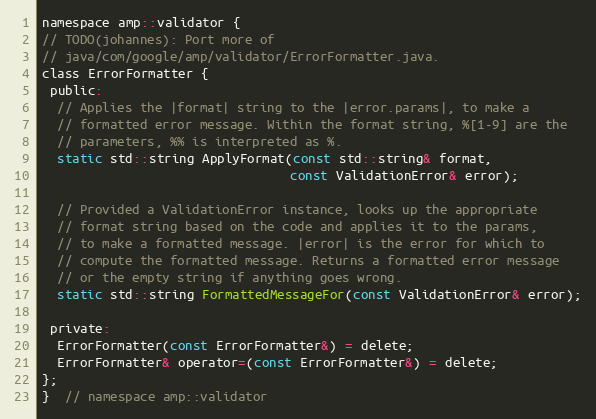
Language: C
namespace amp::validator {
// TODO(johannes): Port more of
// java/com/google/amp/validator/ErrorFormatter.java.
class ErrorFormatter {
 public:
  // Applies the |format| string to the |error.params|, to make a
  // formatted error message. Within the format string, %[1-9] are the
  // parameters, %% is interpreted as %.
  static std::string ApplyFormat(const std::string& format,
                                 const ValidationError& error);

  // Provided a ValidationError instance, looks up the appropriate
  // format string based on the code and applies it to the params,
  // to make a formatted message. |error| is the error for which to
  // compute the formatted message. Returns a formatted error message
  // or the empty string if anything goes wrong.
  static std::string FormattedMessageFor(const ValidationError& error);

 private:
  ErrorFormatter(const ErrorFormatter&) = delete;
  ErrorFormatter& operator=(const ErrorFormatter&) = delete;
};
}  // namespace amp::validator